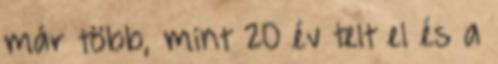
már több, mint 20 év telt el és a